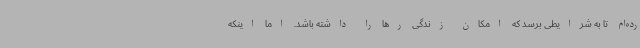
رده‌ام تا به شرایطی برسد که امکان زندگی رها را داشته باشد. اما اینکه